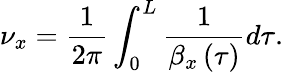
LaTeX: \nu_{x}=\frac{1}{2\pi}\int_{0}^{L}\frac{1}{\beta_{x}\left(\tau\right)}d\tau.